Lunatic asylums Punjab 1895-1910 - 1895-1910
Year: 1895
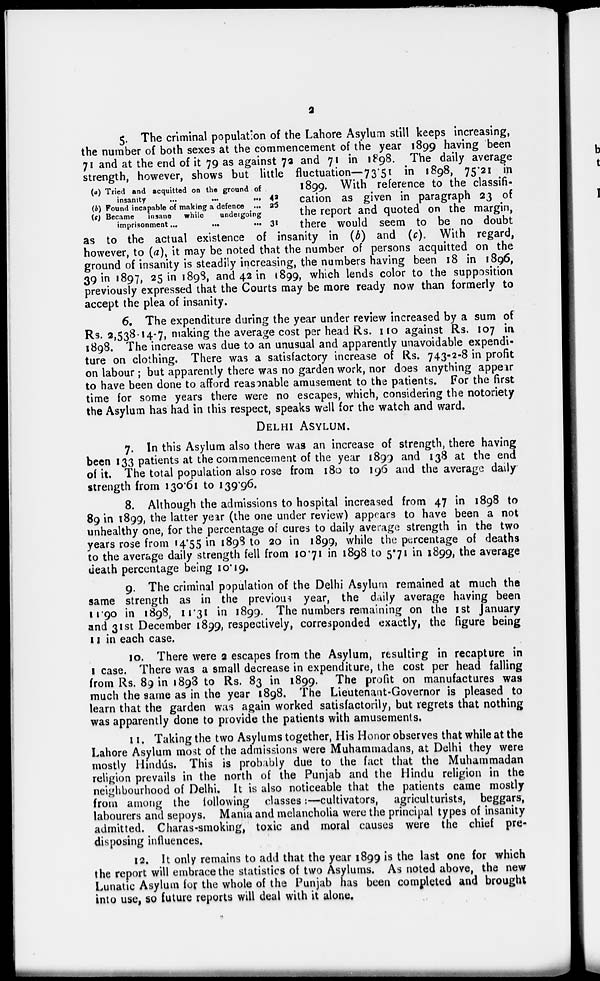
2
(a) Tried and acquitted on the ground of
insanity ... ... ...
(b) Found incapable of making a defence ...
(c) Became insane while
undergoing
imprisonment
...
...
...
42
25
31
5. The criminal population of the Lahore Asylum still keeps increasing,
the number of both sexes at the commencement of the year 1899 having been
71 and at the end of it 79 as against 72 and 71 in 1898. The daily average
strength, however, shows but little fluctuation— 73.51 in 1898, 75.21 in
1899. With reference to the classifi-
cation as given in paragraph 23 of
the report and quoted on the margin,
there would seem to be no doubt
as to the actual existence of insanity in (b) and (c). With regard,
however, to (a), it may be noted that the number of persons acquitted on the
ground of insanity is steadily increasing, the numbers having been 18 in 1896,
39 in 1897, 25 in 1898, and 42 in 1899, which lends color to the supposition
previously expressed that the Courts may be more ready now than formerly to
accept the plea of insanity.
6. The expenditure during the year under review increased by a sum of
Rs. 2,538-14-7, making the average cost per head Rs. 110 against Rs. 107 in
1898. The increase was due to an unusual and apparently unavoidable expendi-
ture on clothing. There was a satisfactory increase of Rs. 743-2-8 in profit
on labour ; but apparently there was no garden work, nor does anything appear
to have been done to afford reasonable amusement to the patients. For the first
time for some years there were no escapes, which, considering the notoriety
the Asylum has had in this respect, speaks well for the watch and ward.
DELHI ASYLUM.
7. In this Asylum also there was an increase of strength, there having
been 133 patients at the commencement of the year 1899 and 138 at the end
of it. The total population also rose from 180 to 196 and the average daily
strength from 130.61 to 139.96.
8. Although the admissions to hospital increased from 47 in 1898 to
89 in 1899, the latter year (the one under review) appears to have been a not
unhealthy one, for the percentage of cures to daily average strength in the two
years rose from 14.55 in 1898 to 20 in 1899, while the percentage of deaths
to the average daily strength fell from 10.71 in 1898 to 5.71 in 1899, the average
death percentage being 10.19.
9. The criminal population of the Delhi Asylum remained at much the
same strength as in the previous year, the daily average having been
11.90 in 1898, 11.31 in 1899. The numbers remaining on the 1st January
and 31st December 1899, respectively, corresponded exactly, the figure being
11 in each case.
10. There were 2 escapes from the Asylum, resulting in recapture in
1 case. There was a small decrease in expenditure, the cost per head falling
from Rs. 89 in 1898 to Rs. 83 in 1899. The profit on manufactures was
much the same as in the year 1898. The Lieutenant-Governor is pleased to
learn that the garden was again worked satisfactorily, but regrets that nothing
was apparently done to provide the patients with amusements.
11. Taking the two Asylums together, His Honor observes that while at the
Lahore Asylum most of the admissions were Muhammadans, at Delhi they were
mostly Hindús. This is probably due to the fact that the Muhammadan
religion prevails in the north of the Punjab and the Hindu religion in the
neighbourhood of Delhi. It is also noticeable that the patients came mostly
from among the following classes:—cultivators, agriculturists, beggars,
labourers and sepoys. Mania and melancholia were the principal types of insanity
admitted. Charas-smoking, toxic and moral causes were the chief pre-
disposing influences.
12. It only remains to add that the year 1899 is the last one for which
the report will embrace the statistics of two Asylums. As noted above, the new
Lunatic Asylum for the whole of the Punjab has been completed and brought
into use, so future reports will deal with it alone.